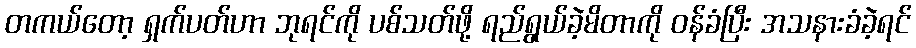
တကယ်တော့ ရှက်ပတ်ဟာ ဘုရင်ကို ပစ်သတ်ဖို့ ရည်ရွယ်ခဲ့မိတာကို ဝန်ခံပြီး အသနားခံခဲ့ရင်